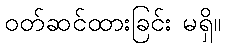
ဝတ်ဆင်ထားခြင်း မရှိ။